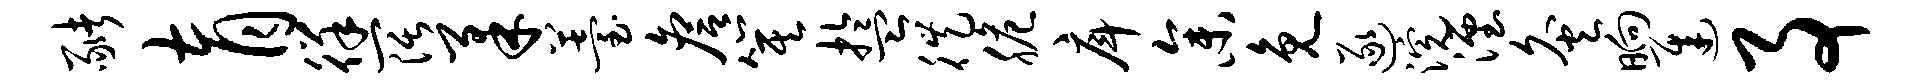
猪育徉阔柔薹詹箕盂徙脆戽参免逐浣湮灸晌迟事